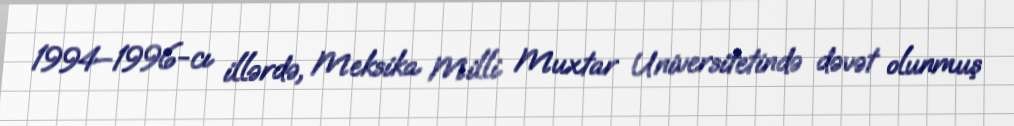
1994–1996-cı illərdə, Meksika Milli Muxtar Universitetində dəvət olunmuş